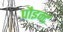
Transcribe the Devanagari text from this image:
पौइन्ट